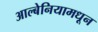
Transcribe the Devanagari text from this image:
आल्बेनियामधून